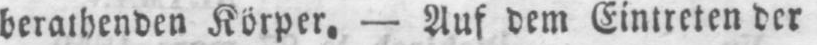
berathenden Körper. - Auf dem Eintreten der